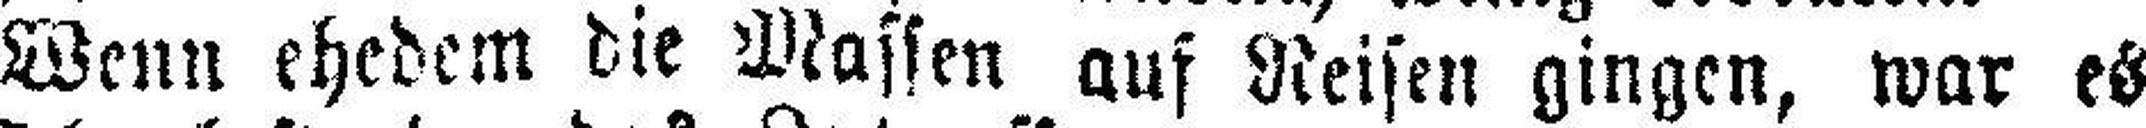
Wenn ehedem die Massen auf Reisen gingen, war es